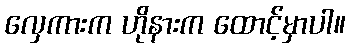
လှေကားက ဟိုနားက ထောင့်မှာပါ။